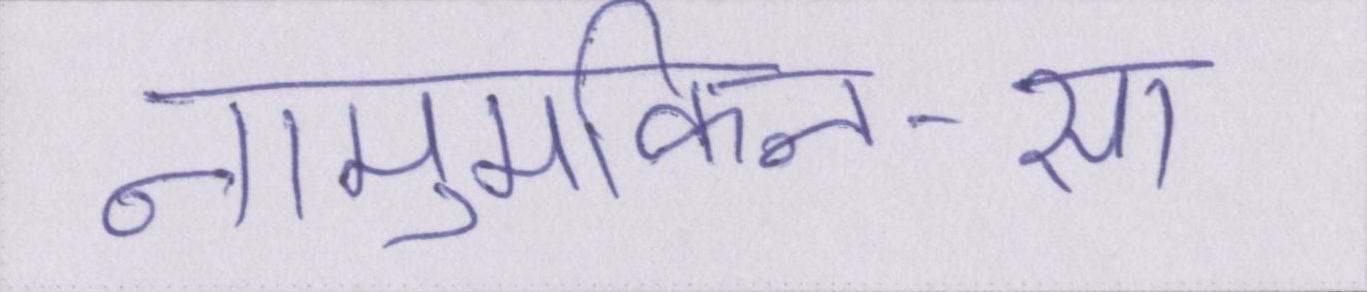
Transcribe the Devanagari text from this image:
नामुमकिन-सा